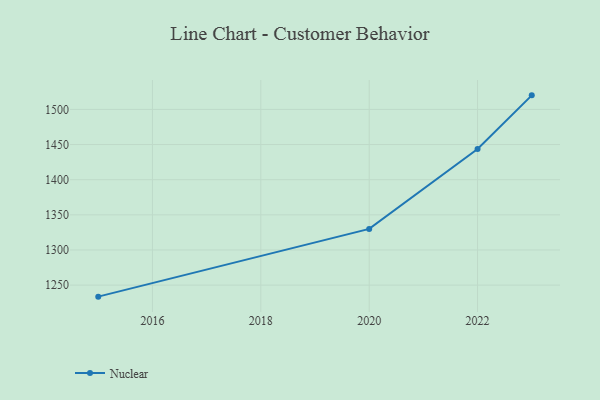
{"axis": {"x": "Year", "y": "Page Views"}, "legend": ["Nuclear"], "data": [{"x": "2015", "y": 1233.6, "type": "Nuclear"}, {"x": "2020", "y": 1330.0, "type": "Nuclear"}, {"x": "2022", "y": 1443.7, "type": "Nuclear"}, {"x": "2023", "y": 1520.0, "type": "Nuclear"}]}